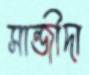
সান্জীদা